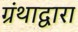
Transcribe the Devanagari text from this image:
ग्रंथाद्वारा